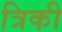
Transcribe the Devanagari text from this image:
त्रिकी